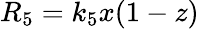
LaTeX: R_{5}=k_{5}x(1-z)